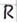
Text: R